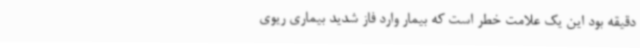
دقیقه بود این یک علامت خطر است که بیمار وارد فاز شدید بیماری ریوی